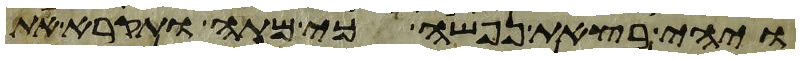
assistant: ויהי בצאת נפשה כי מתה ותקרא את